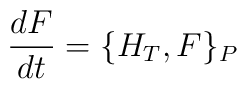
\displaystyle\frac{d F}{d t}= \{H_T,F\}_P